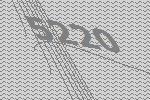
5220